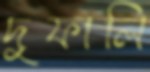
দুফালি